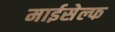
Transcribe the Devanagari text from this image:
माईसेल्फ